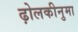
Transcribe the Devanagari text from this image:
ढ़ोलकीनुमा